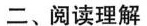
二、阅读理解